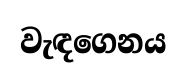
වැඳගෙනය